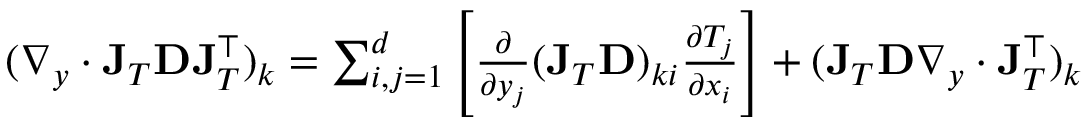
\begin{array} { r } { ( \nabla _ { y } \cdot \mathbf { J } _ { T } \mathbf { D } \mathbf { J } _ { T } ^ { \top } ) _ { k } = \sum _ { i , j = 1 } ^ { d } \left[ \frac { \partial } { \partial y _ { j } } ( \mathbf { J } _ { T } \mathbf { D } ) _ { k i } \frac { \partial T _ { j } } { \partial x _ { i } } \right] + ( \mathbf { J } _ { T } \mathbf { D } \nabla _ { y } \cdot \mathbf { J } _ { T } ^ { \top } ) _ { k } } \end{array}